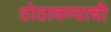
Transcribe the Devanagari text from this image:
ठोठावण्याची